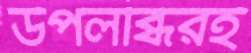
উপলব্ধিরই